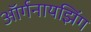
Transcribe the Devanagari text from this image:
ऑर्गनायझिंग